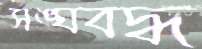
সঙ্ঘবদ্ধ